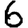
Digit: 6